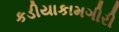
કડીયાકામગીરી